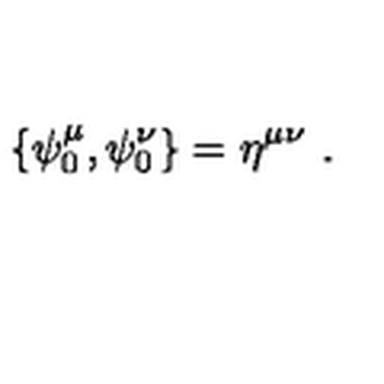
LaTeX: \{ \psi _ { 0 } ^ { \mu } , \psi _ { 0 } ^ { \nu } \} = \eta ^ { \mu \nu } \ .